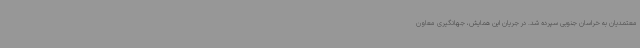
معتمدیان به خراسان جنوبی سپرده شد. در جریان این همایش، جهانگیری معاون